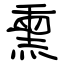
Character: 熏